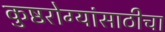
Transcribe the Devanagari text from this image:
कुष्ठरोग्यांसाठीचा